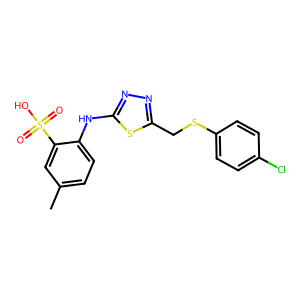
SMILES: Cc1ccc(Nc2nnc(CSc3ccc(Cl)cc3)s2)c(S(=O)(=O)O)c1
Inhibits HIV replication: No